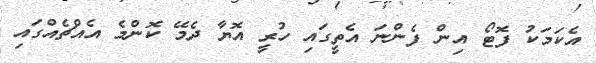
އެކަމަކު ފޮޓޯ އިން ފެންނަ އެތީގައި ހުރީ އޮޔާ ދެމޭ ކޮންމެ އެއްޗެއްގައި